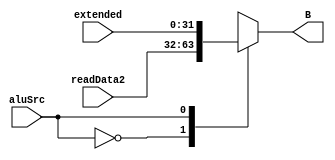
module Mux2(readData2, extended, aluSrc, B);
    input [31:0] readData2, extended;
    input aluSrc;
    
    output reg [31:0] B;
    
    always @(readData2, extended, aluSrc) begin
        case(aluSrc)
            0: B <= readData2;
            1: B <= extended;
        endcase
    end
endmodule

module Mux2_test;
    
endmodule